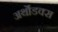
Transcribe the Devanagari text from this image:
अर्थोडक्स